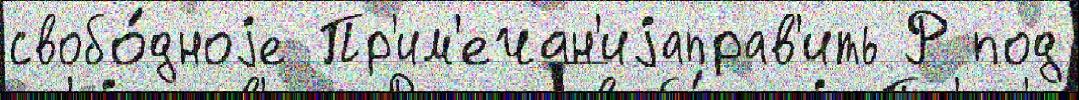
свобо́дноjе Пр'им'ечан'иjаправ'ить Р под